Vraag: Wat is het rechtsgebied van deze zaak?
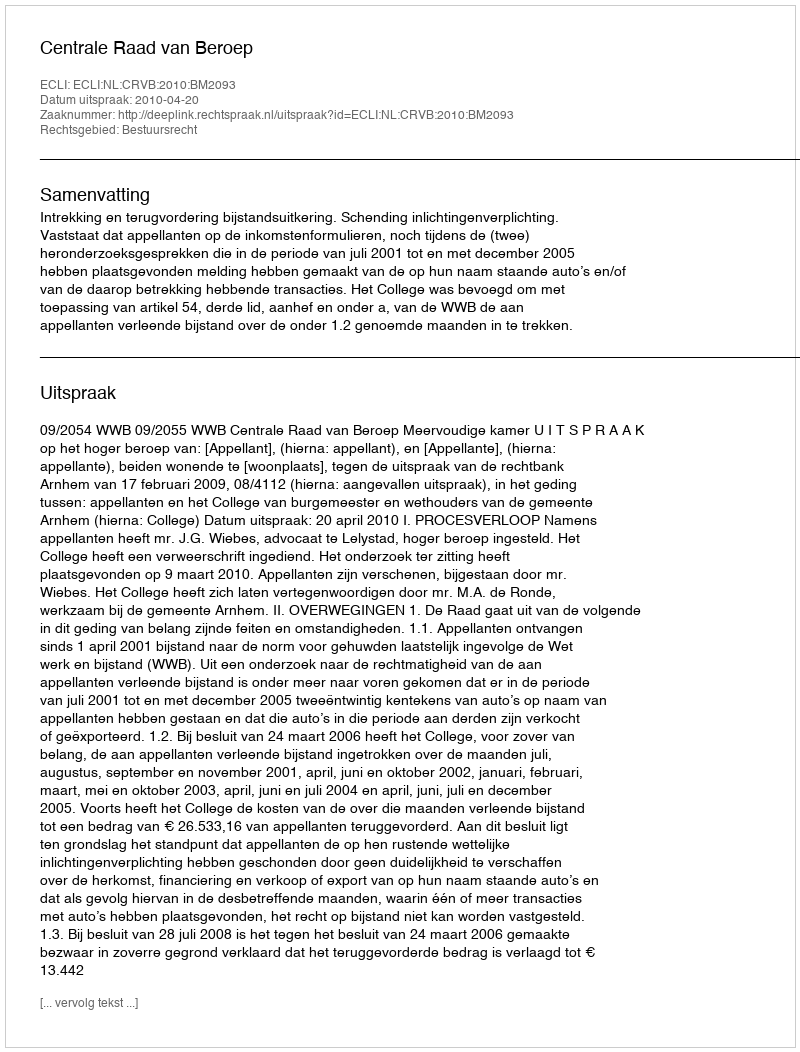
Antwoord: Bestuursrecht